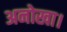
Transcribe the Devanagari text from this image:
अनोखा।